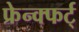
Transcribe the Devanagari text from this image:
फ्रेन्क्फर्ट्